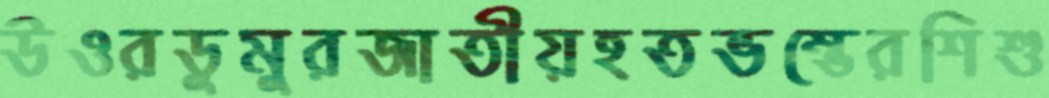
উওরডুমুরজাতীয়হতভম্ভেরশিশু